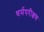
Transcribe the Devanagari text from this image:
धर्मपरीक्षण